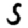
Digit: 5